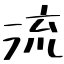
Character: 流